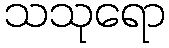
သသုရော